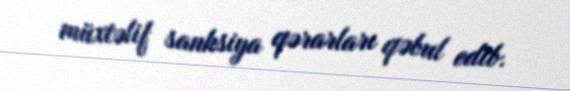
müxtəlif sanksiya qərarları qəbul edib.